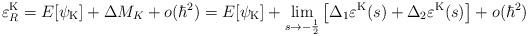
LaTeX: \begin{align*}\varepsilon_R^{\rm K}=E[{\psi}_{\rm K}]+\Delta M_K+o(\hbar^2)=E[{\psi}_{\rm K}]+ \lim_{s \rightarrow-\frac{1}{2}}\left[ \Delta_1 \varepsilon^{\rm K}(s)+\Delta_2\varepsilon^{\rm K}(s) \right]+o(\hbar^2)\end{align*}